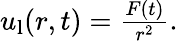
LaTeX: \begin{array}{r}{u_{\mathrm{l}}(r,t)=\frac{F(t)}{r^{2}}.}\end{array}